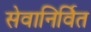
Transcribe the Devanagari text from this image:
सेवानिर्वित